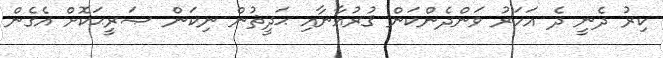
ކިރު ދެނީ ދެ އަހަރު ވަންދެންކަން ޤުރުއާނާއި ޙަދީޘުން ނިކަން ޞަރީޙަކޮށް އެގެން